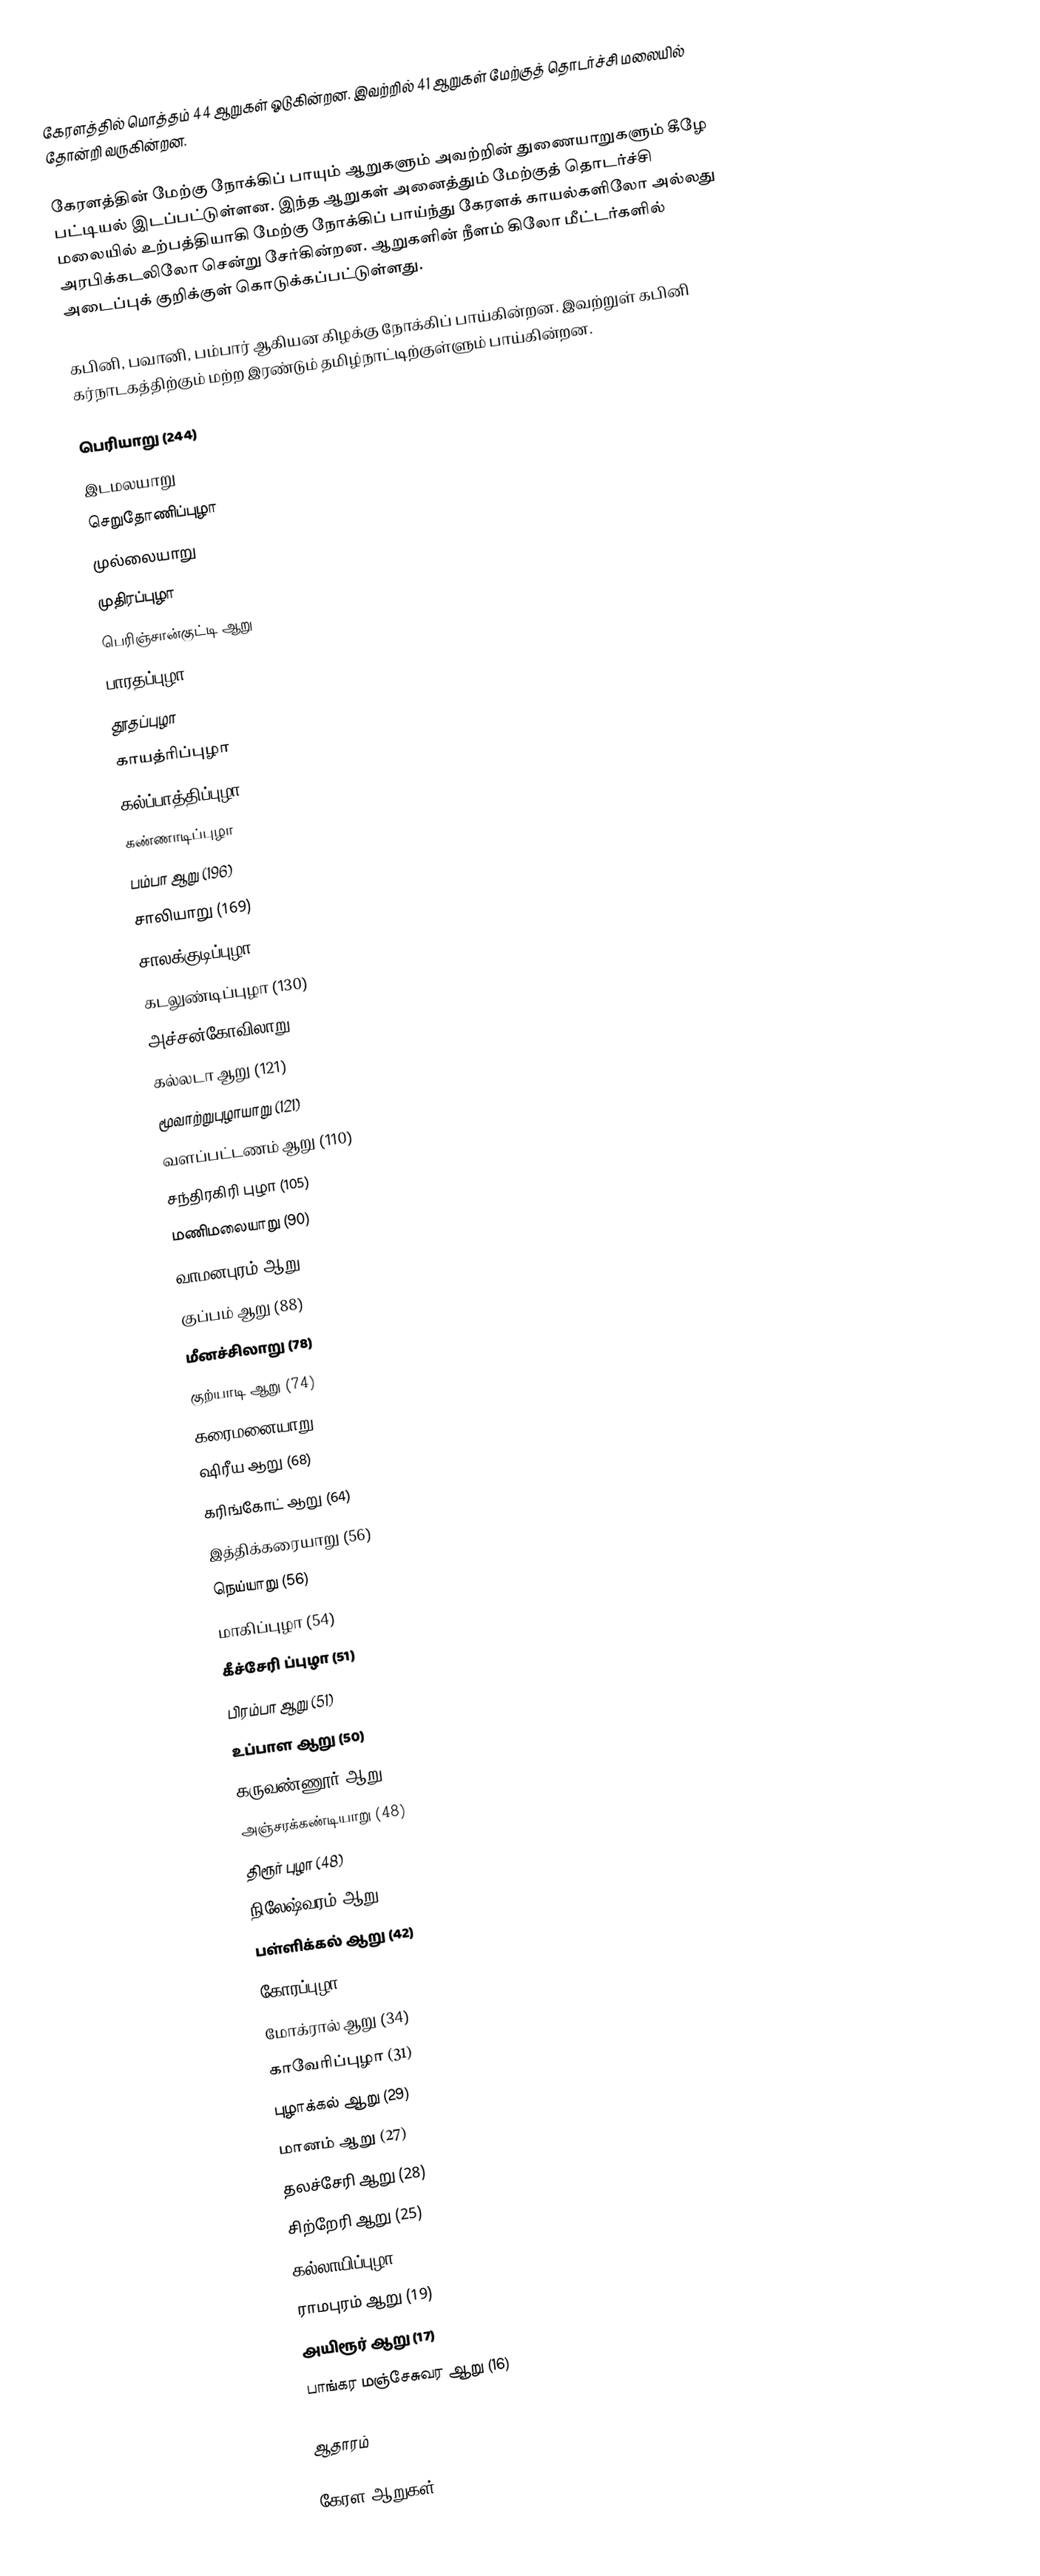
கேரளத்தில் மொத்தம் 44 ஆறுகள் ஓடுகின்றன. இவற்றில் 41 ஆறுகள் மேற்குத் தொடர்ச்சி மலையில் தோன்றி வருகின்றன.

கேரளத்தின் மேற்கு நோக்கிப் பாயும் ஆறுகளும் அவற்றின் துணையாறுகளும் கீழே பட்டியல் இடப்பட்டுள்ளன. இந்த ஆறுகள் அனைத்தும் மேற்குத் தொடர்ச்சி மலையில் உற்பத்தியாகி மேற்கு நோக்கிப் பாய்ந்து கேரளக் காயல்களிலோ அல்லது அரபிக்கடலிலோ சென்று சேர்கின்றன. ஆறுகளின் நீளம் கிலோ மீட்டர்களில் அடைப்புக் குறிக்குள் கொடுக்கப்பட்டுள்ளது.

கபினி, பவானி, பம்பார் ஆகியன கிழக்கு நோக்கிப் பாய்கின்றன. இவற்றுள் கபினி கர்நாடகத்திற்கும் மற்ற இரண்டும் தமிழ்நாட்டிற்குள்ளும் பாய்கின்றன.

பெரியாறு (244)
 இடமலயாறு
 செறுதோணிப்புழா
 முல்லையாறு
 முதிரப்புழா
 பெரிஞ்சான்குட்டி ஆறு
பாரதப்புழா (209)
 தூதப்புழா
 காயத்ரிப்புழா
 கல்‌ப்பாத்திப்புழா
 கண்ணாடிப்புழா
பம்பா ஆறு (196)
சாலியாறு (169)
சாலக்குடிப்புழா (169)
கடலுண்டிப்புழா (130)
அச்சன்‌கோவிலாறு (128)
கல்லடா ஆறு (121)
மூவாற்றுபுழாயாறு (121)
வளப்பட்டணம் ஆறு (110)
சந்திரகிரி புழா (105)
மணிமலையாறு (90)
வாமனபுரம் ஆறு (88)
குப்பம் ஆறு (88)
மீனச்சிலாறு (78)
குற்யாடி ஆறு (74)
கரைமனையாறு (68)
ஷிரீய ஆறு (68)
கரிங்கோட் ஆறு (64)
இத்திக்கரையாறு (56)
நெய்யாறு (56)
மாகிப்புழா (54)
கீச்சேரி ப்புழா (51)
பிரம்பா ஆறு (51)
உப்பாள ஆறு (50)
கருவண்ணூர் ஆறு (48)
அஞ்சரக்கண்டியாறு (48)
திரூர் புழா (48)
நிலேஷ்வரம் ஆறு (46)
பள்ளிக்கல் ஆறு (42)
கோரப்புழா (40)
மோக்ரால் ஆறு (34)
காவேரிப்புழா (31)
புழாக்கல் ஆறு (29)
மானம் ஆறு (27)
தலச்சேரி ஆறு (28)
சிற்றேரி ஆறு (25)
கல்லாயிப்புழா (22)
ராமபுரம் ஆறு (19)
அயிரூர் ஆறு (17)
பாங்கர மஞ்சேசுவர ஆறு (16)

ஆதாரம்

கேரள ஆறுகள்